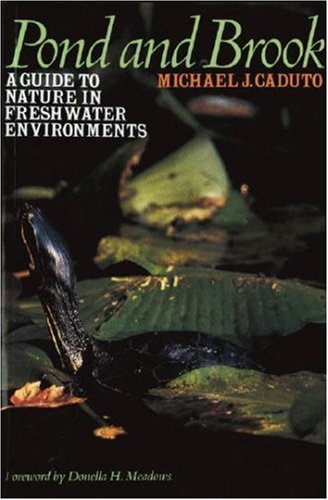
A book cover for Pond and Brook: A Guide to Nature in Freshwater Environments; Michael J. Caduto; Science & Math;